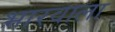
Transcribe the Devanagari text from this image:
भारवाला